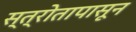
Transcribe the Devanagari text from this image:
स्त्रोतापासून